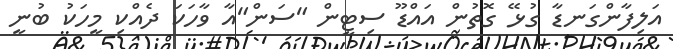
އަލިފާންގަނޑާ ގުޅޭ ގޮތުން އައްޑޫ ސިޓީން "ސަން"އާ ވާހަކަ ދެއްކި މީހަކު ބުނީ